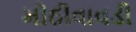
મીઠીવાવડી